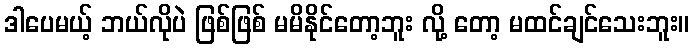
ဒါပေမယ့် ဘယ်လိုပဲ ဖြစ်ဖြစ် မမိနိုင်တော့ဘူး လို့ တော့ မထင်ချင်သေးဘူး။